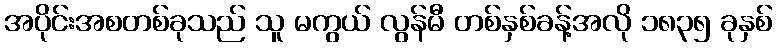
အပိုင်းအစတစ်ခုသည် သူ မကွယ် လွန်မီ တစ်နှစ်ခန့်အလို ၁၈၃၅ ခုနှစ်